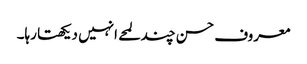
معروف حسن چند لمحے انہیں دیکھتا رہا۔